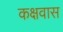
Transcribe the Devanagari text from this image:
कक्षवास